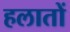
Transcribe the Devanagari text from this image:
हलातों